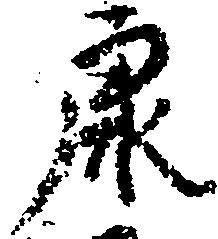
康